system: You are a helpful assistant.
user:
Analyze the provided spectrum to determine if it is a **"Cataclysmic Variables (CV)"**.

- **Key Indicators for CV (Check for either state):**
    - **State 1: Quiescent / Low-State (Emission-Dominated)**
        - **(Primary):** Strong and *very broad* Hydrogen Balmer emission lines (e.g., $H\alpha$ at 6563 Å, $H\beta$ at 4861 Å). The 'broadness' (high velocity dispersion, often FWHM > 1000 km/s) is the key diagnostic, indicating a high-velocity accretion disk.
        - **(Secondary):** Broad neutral Helium (He I) emission lines (e.g., 5876 Å, 6678 Å).
        - **(Key Confirmation):** Presence of high-excitation *ionized* Helium (He II) emission at 4686 Å. This is a strong indicator of accretion onto a white dwarf.
        - **(Line Profile):** Emission lines may exhibit a 'double-peaked' profile, which is a classic signature of a rotating accretion disk viewed at high inclination.

    - **State 2: Outburst / High-State (Absorption-Dominated)**
        - **(Primary):** Spectrum is dominated by a bright, blue continuum (looks like a hot star).
        - **(Secondary):** The emission lines from State 1 are weak, absent, or 'filled in', and are replaced by broad, shallow *absorption* lines (primarily Balmer and He I).
        - **(Morphology):** The overall spectrum mimics a hot B/A-type star. The crucial difference is that the absorption lines are significantly broader, shallower, and more 'washed-out' (or 'smeared') than the sharp lines of a normal stellar photosphere, due to high rotational speeds and pressure broadening in the disk.

Think first, call **spectral_visualization_tool** if needed to examine features in detail, then provide your final answer. Your response must adhere to the following strict rules:
1.  **Overall Structure:** Your response must follow the format `<think>...</think> <tool_call>...</tool_call> (if a tool is used) <answer>...</answer>`.
2.  **Tool Usage Constraint:** You may only make **one** tool call per turn.
3.  **Final Answer Format:** In the `<answer>` tag, your conclusion must be inside a `\boxed{}` command (e.g., `\boxed{YES}`), followed by your justification.

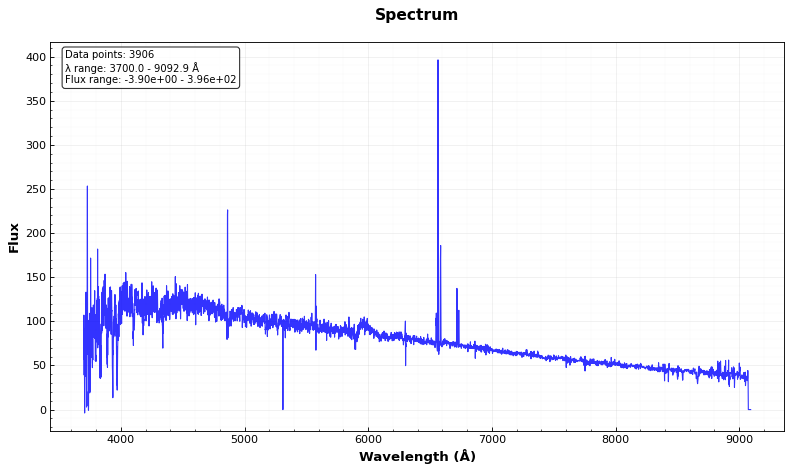
Answer: NO